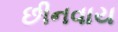
છીનવાય